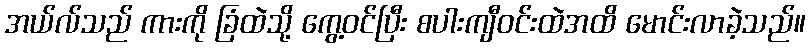
အယ်လ်သည် ကားကို ခြံထဲသို့ ကွေ့ဝင်ပြီး စပါးကျီဝင်းထဲအထိ မောင်းလာခဲ့သည်။